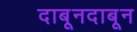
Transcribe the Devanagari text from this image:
दाबूनदाबून